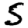
Digit: 5